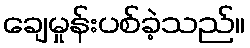
ချေမှုန်းပစ်ခဲ့သည်။